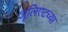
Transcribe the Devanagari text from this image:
जूलिएटच्या